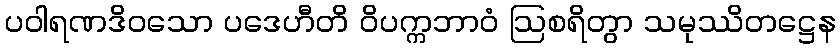
ပဝါရဏဒိဝသော ပဒေဟီတိ ဝိပက္ကဘာဝံ ဩစရိတွာ သမုဿိတဋ္ဌေန